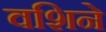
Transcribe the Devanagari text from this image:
वशिने